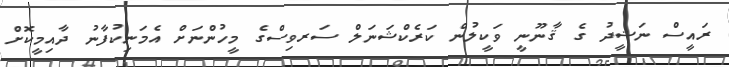
ރައީސް ނަޝީދު ގެ ޤާނޫނީ ވަކީލުން ކަރެކްޝަނަލް ސަރވިސްގެ މީހުންނަށް އެމަނިކުފާނު ދާއިމީކޮށް